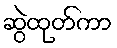
ဆွဲထုတ်ကာ